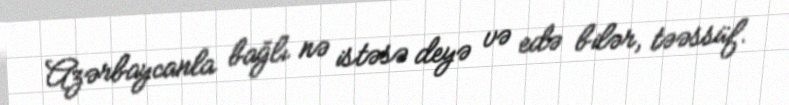
Azərbaycanla bağlı nə istəsə deyə və edə bilər, təəssüf.